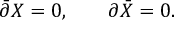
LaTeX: \bar { \partial } X = 0 , \; \; \; \; \; \; \; \partial \bar { X } = 0 .